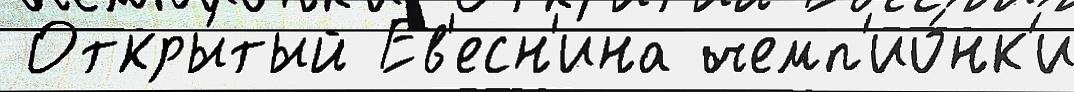
 Откры́тый Ев'есн'ина чемп'ио́нк'и